Civil Veterinary Dept. Bombay admin report 1893-99 - 1893-1899
Year: 1893
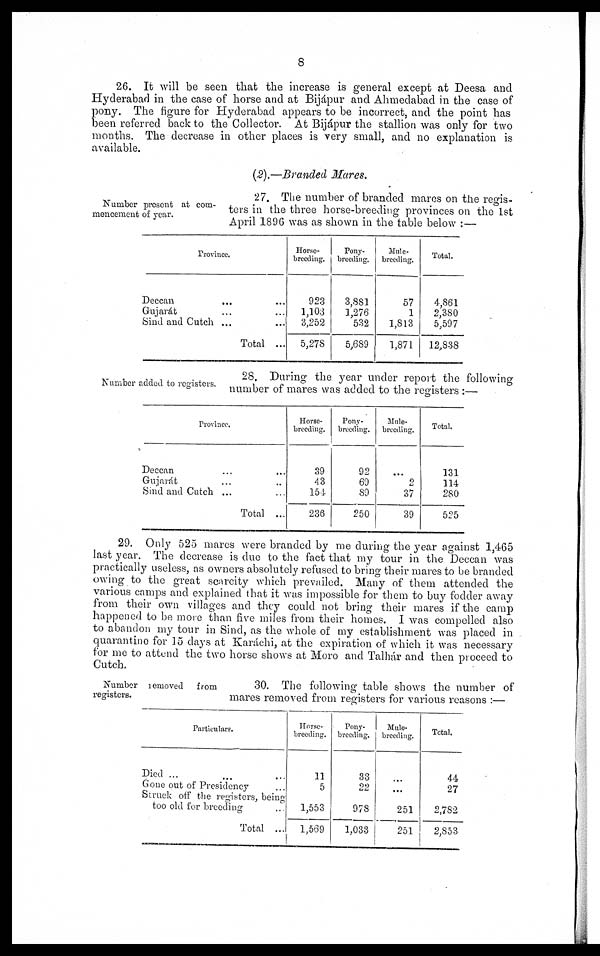
8
26. It will be seen that the increase is general except at Deesa and
Hyderabad in the case of horse and at Bijápur and Ahmedabad in the case of
pony. The figure for Hyderabad appears to be incorrect, and the point has
been referred back to the Collector. At Bijápur the stallion was only for two
months. The decrease in other places is very small, and no explanation is
available.
(2).—Branded
Mares.
Number present at com-
mencement of year.
27. The number of branded mares on the regis-
ters in the three horse-breeding provinces on the 1st
April 1896 was as shown in the table below:—
Province.
Deccan ... ...
Gujarat ... ...
Sind and Cutch ... ...
Total ...
Horse¬
breeding.
923
1,103
3,252
5,278
Pony¬
breeding.
3,881
1,276
532
5,689
Mule¬
breeding.
57
1
1,813
1,871
Total.
4,861
2,380
5,597
12,838
Number added to registers.
28. During the year under report the following
number of mares was added to the registers:—
Province.
Deccan ... ...
Gujarát ... ...
Sind and Cutch ... ...
Total ...
Horse¬
breeding.
39
43
154
236
Pony¬
breeding.
92
69
89
250
Mule¬
breeding.
...
2
37
39
Total.
131
114
280
525
29. Only 525 mares were branded by me during the year against 1,465
last year. The decrease is due to the fact that my tour in the Deccan was
practically useless, as owners absolutely refused to bring their mares to be branded
owing to the great scarcity which prevailed. Many of them attended the
various camps and explained that it was impossible for them to buy fodder away
from their own villages and they could not bring their mares if the camp
happened to be more than five miles from their homes. I was compelled also
to abandon my tour in Sind, as the whole of my establishment was placed in
quarantino for 15 days at Karáchi, at the expiration of which it was necessary
for me to attend the two horse shows at Moro and Talhár and then proceed to
Cutch.
Number
removed
from
registers.
30. The following table shows the number of
mares removed from registers for various reasons:—
Particulars.
Died ... ... ...
Gone out of Presidency ...
Struck off the registers, being
too old for breeding ...
Total ...
Horse¬
breeding.
11
5
1,553
1,569
Pony¬
breeding.
33
22
978
1,033
Mule¬
breeding.
...
...
251
251
Total.
44
27
2,782
2,853